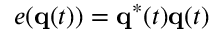
e ( { \bf q } ( t ) ) = { \bf q } ^ { * } ( t ) { \bf q } ( t )